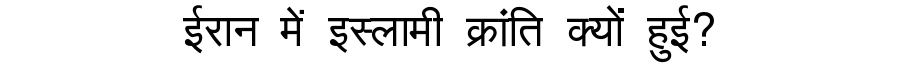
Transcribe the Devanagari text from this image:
ईरान में इस्लामी क्रांति क्यों हुई?